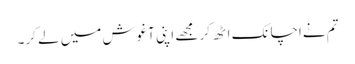
تم نےاچانک اٹھ کر مجھے اپنی آغوش میں لے کر۔